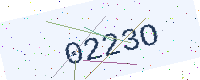
Text: 0223O